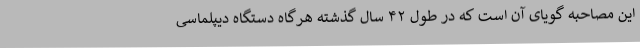
این مصاحبه گویای آن است که در طول ۴۲ سال گذشته هرگاه دستگاه دیپلماسی